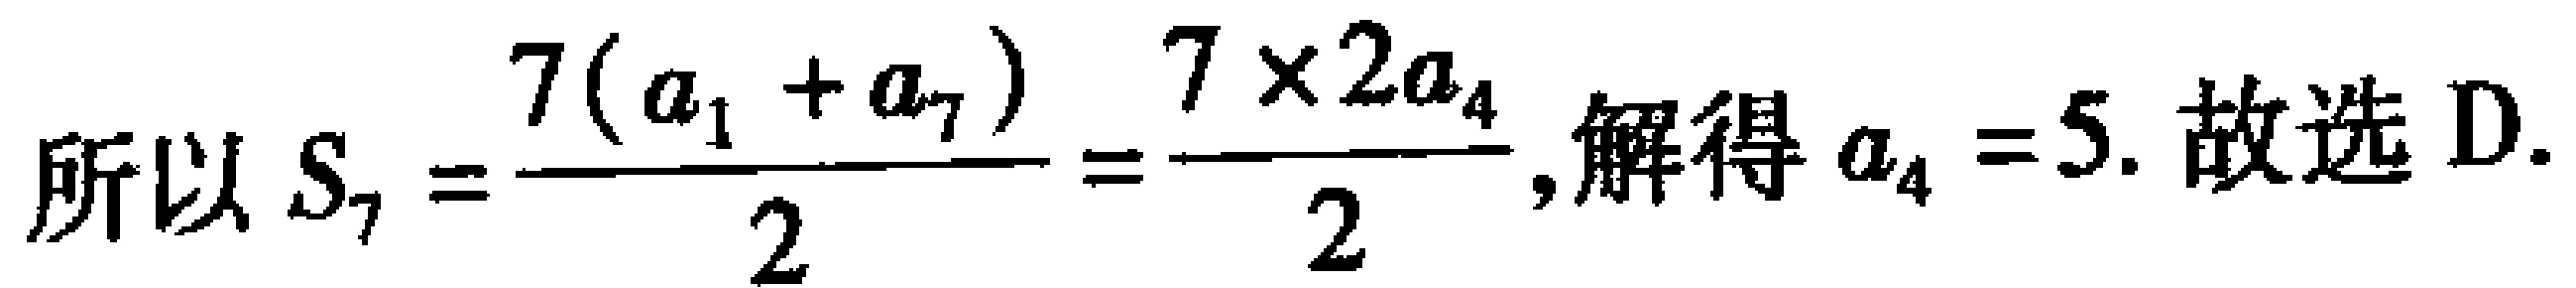
所以 \(S_{7}=\frac{7(a_{1} + a_{7})}{2}=\frac{7\times 2a_{4}}{2}\),解得 \(a_{4}=5\). 故选 D.